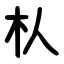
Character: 朲